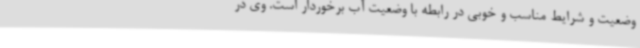
وضعیت و شرایط مناسب و خوبی در رابطه با وضعیت آب برخوردار است. وی در